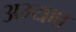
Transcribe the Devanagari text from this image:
अभ्यक्ष